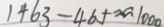
1 4 6 3 - 4 6 5 \approx 1 0 0 0